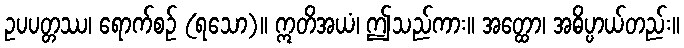
ဥပပတ္တဿ၊ ရောက်စဉ် (ရသော)။ ဣတိအယံ၊ ဤသည်ကား။ အတ္ထော၊ အဓိပ္ပာယ်တည်း။